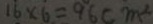
1 6 \times 6 = 9 6 c m ^ { 2 }